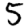
Digit: 5